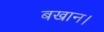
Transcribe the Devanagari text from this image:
बखान।